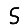
Digit: 5